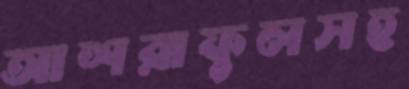
আশরাফুলসহ